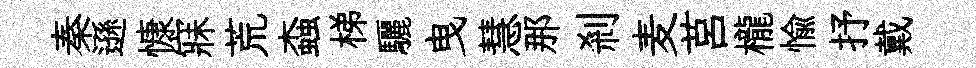
秦遜慷寐荒螙梯驪曳慧那剎麦莒櫳愉抒戴